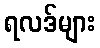
ရလဒ်များ